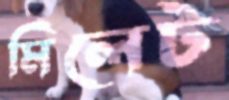
মিলেট